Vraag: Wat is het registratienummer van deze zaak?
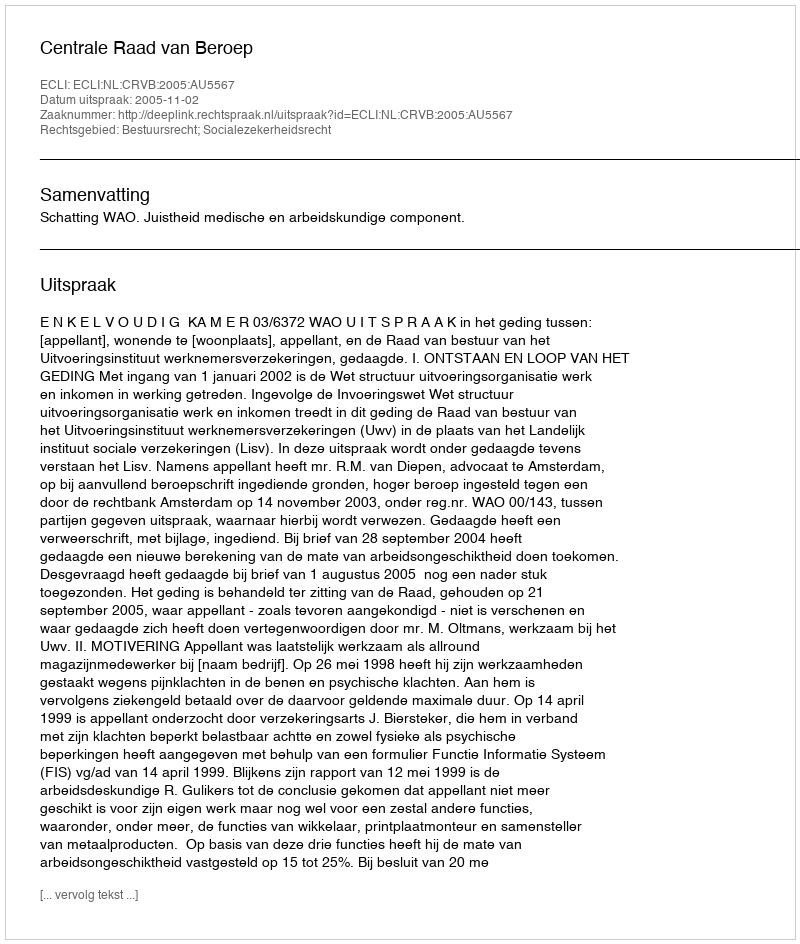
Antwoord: http://deeplink.rechtspraak.nl/uitspraak?id=ECLI:NL:CRVB:2005:AU5567